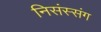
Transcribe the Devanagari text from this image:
निसंस्संग